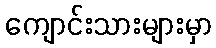
ကျောင်းသားများမှာ